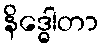
နိဒ္ဓေါတာ